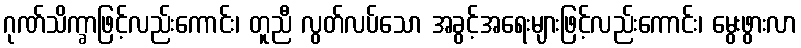
ဂုဏ်သိက္ခာဖြင့်လည်းကောင်း၊ တူညီ လွတ်လပ်သော အခွင့်အရေးများဖြင့်လည်းကောင်း၊ မွေးဖွားလာ